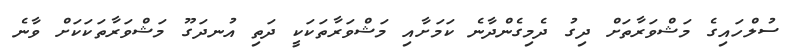
ސުލްހައިގެ މަޝްވަރާތަށް ދިގު ދެމިގެންދާނެ ކަމަށާއި މަޝްވަރާތަކަކީ ދަތި އުނދަގޫ މަޝްވަރާތަކަކަށް ވާނެ